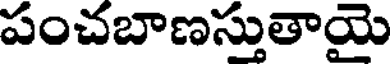
పంచబాణస్తుతాయై